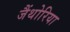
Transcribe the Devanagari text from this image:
जैंथोरिया